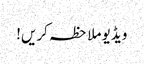
ویڈیو ملاحظہ کریں!